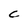
Character: C